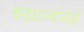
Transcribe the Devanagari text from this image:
कडधान्यांमध्ये